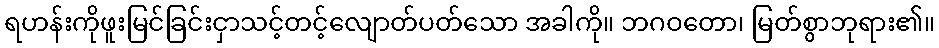
ရဟန်းကိုဖူးမြင်ခြင်းငှာသင့်တင့်လျောတ်ပတ်သော အခါကို။ ဘဂဝတော၊ မြတ်စွာဘုရား၏။